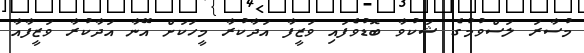
މުސާރަ ލަސްވުމުގެ ޝަކުވާ ބޮޑުވެފައި ވަޒީފާ އަދާކުރާ މީހަކަށް އޭނާ އަދާކުރާ ވަޒީފާއާ